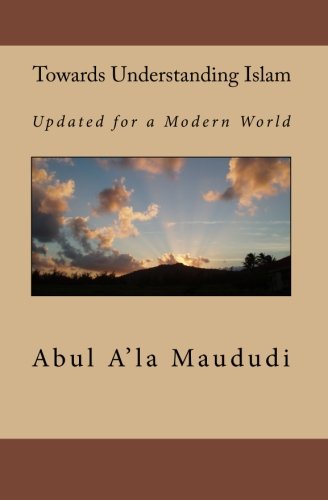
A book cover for Towards Understanding Islam: Updated for a Modern World; Abul A'la Maududi; Religion & Spirituality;